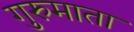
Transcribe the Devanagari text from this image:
गुरुमाता